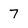
Character: 7